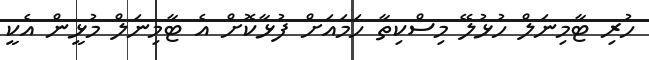
ހުރި ޓާމިނަލް ހުޅުލޭ މިސްކިތާ ހަމައަށް ފުޅާކޮށް އެ ޓާމިނަލް މުޅީން އެކީ